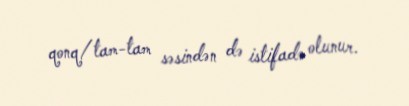
qonq/tam-tam səsindən də istifadə olunur.